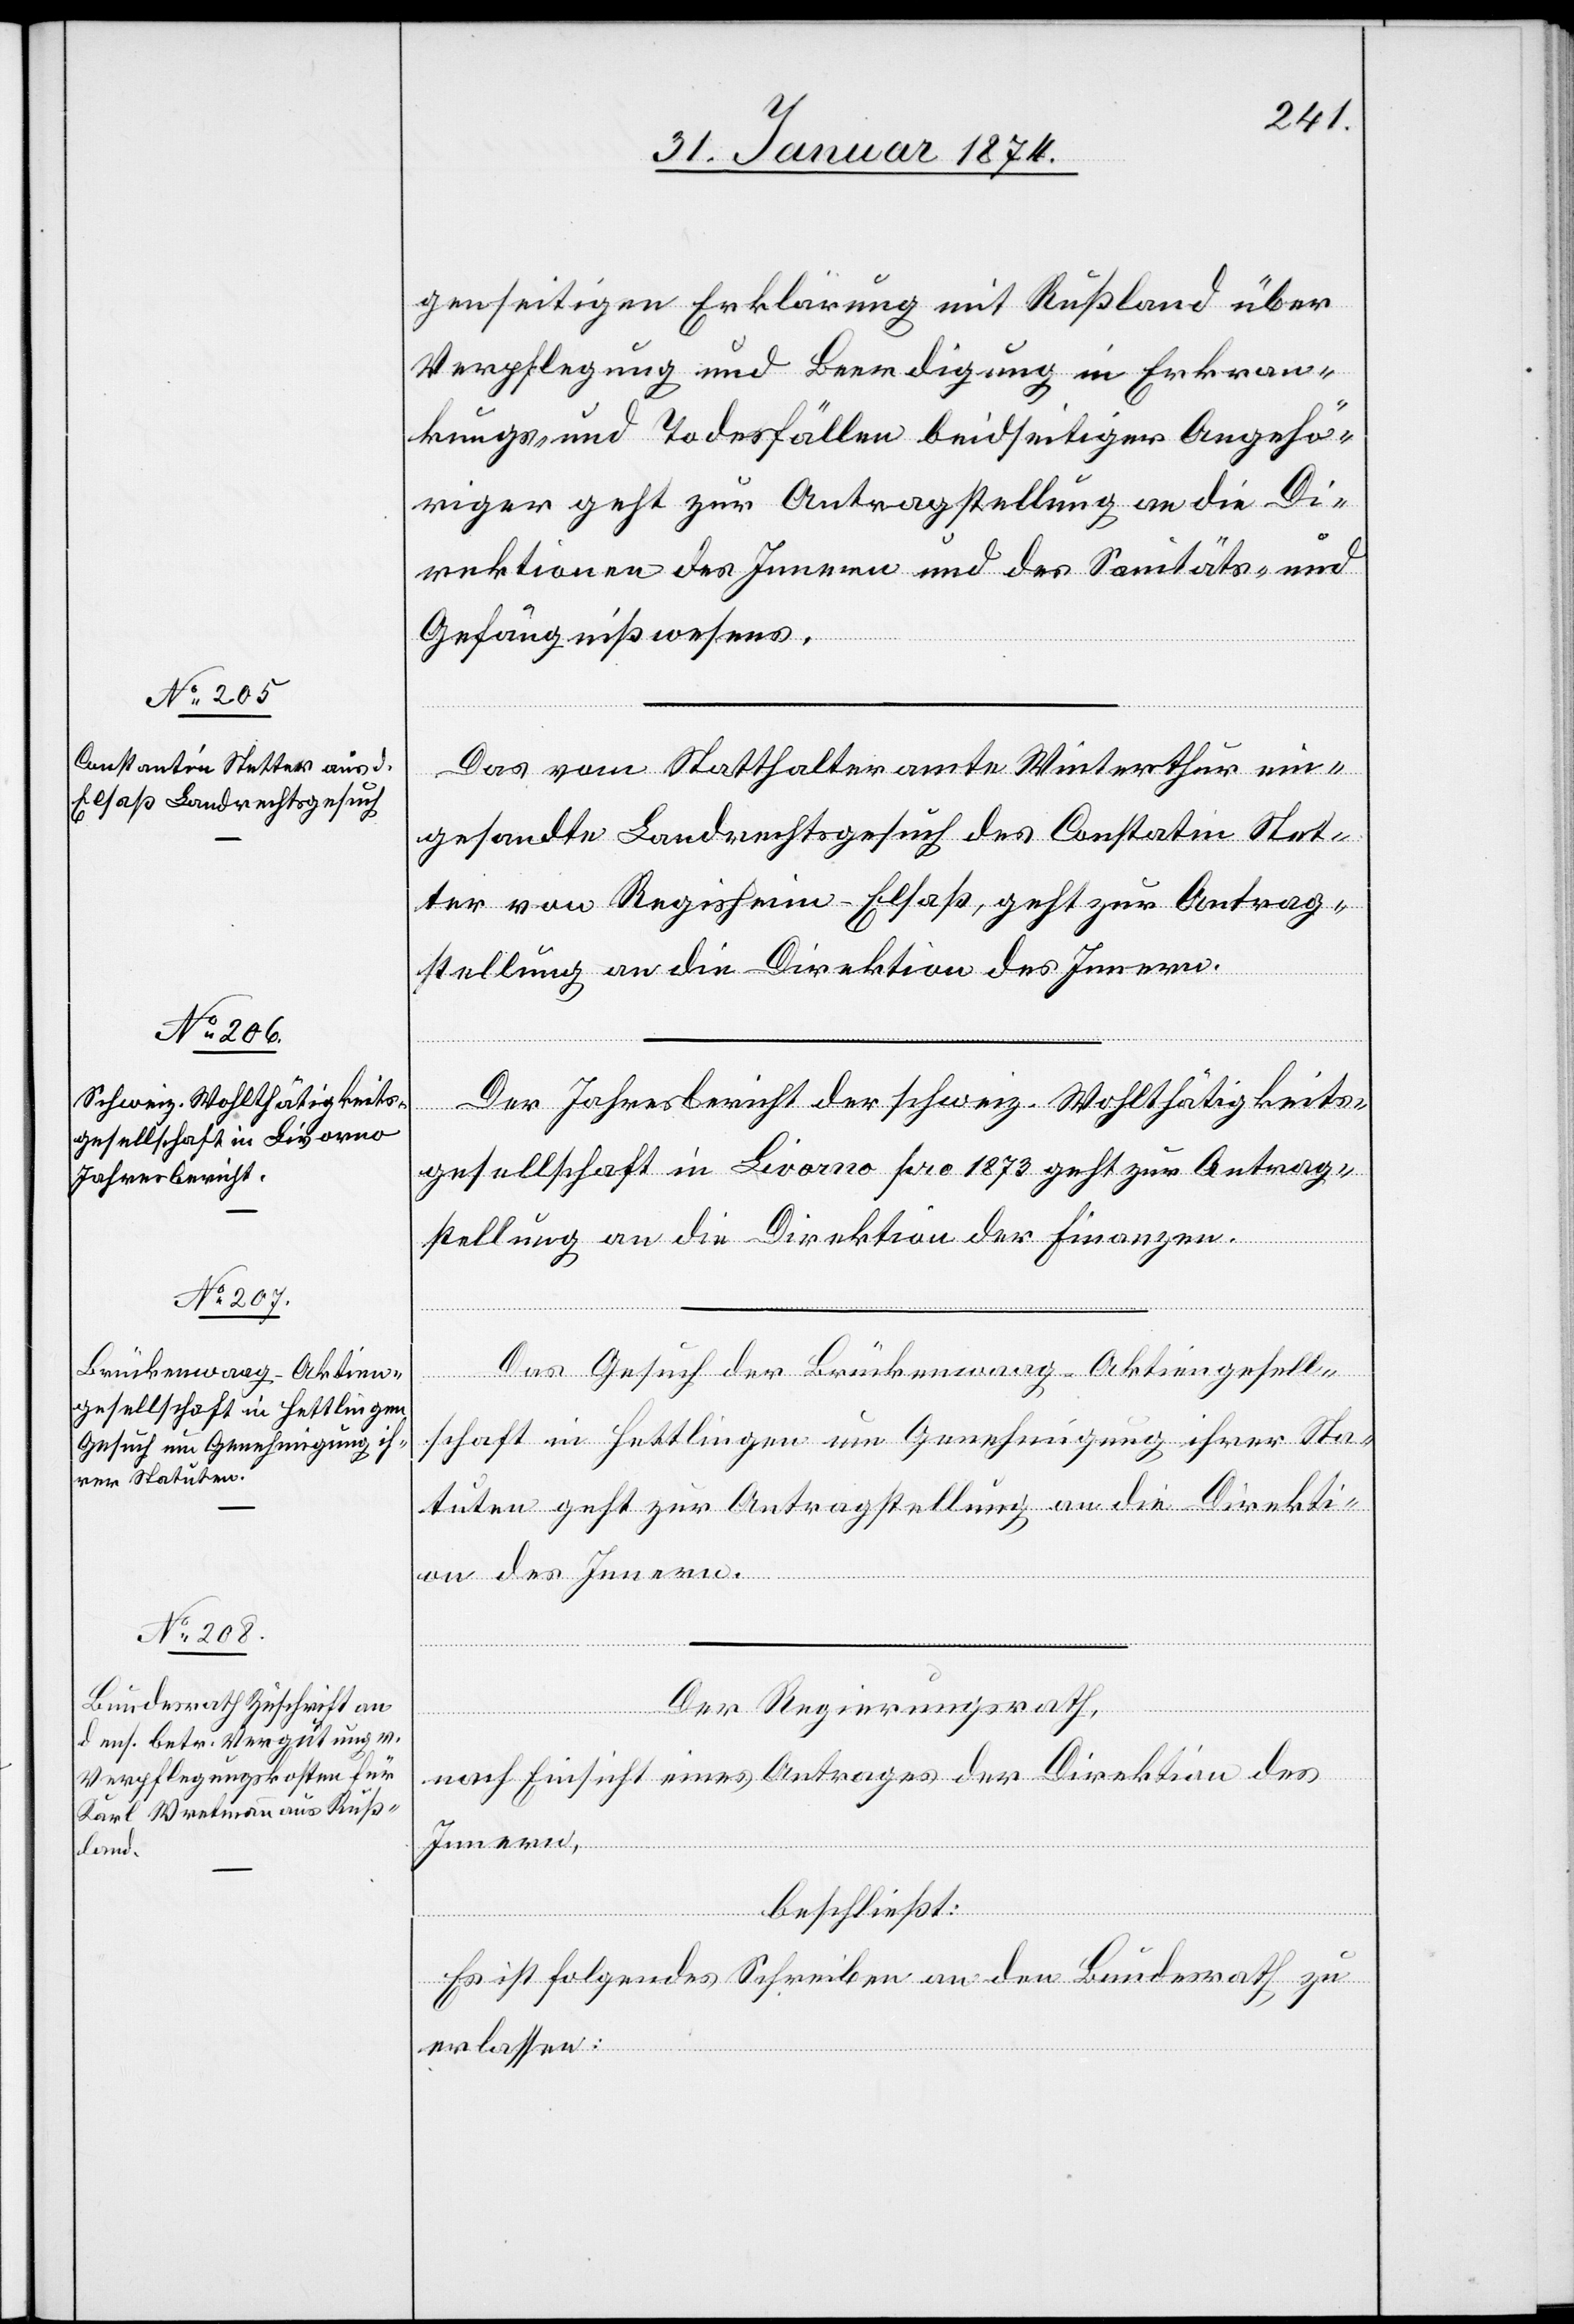
genseitigen Erklärung mit Rußland über
Verpflegung und Beerdigung in Erkran¬
kungs- und Todesfällen beidseitiger Angehö¬
riger geht zur Antragstellung an die Di¬
rektionen des Innern und des Sanitäts- und
Gefängnißwesens.
Das vom Statthalteramte Winterthur ein¬
gesandte Landrechtsgesuch des Constatin Stet¬
ter von Regisheim-Elsaß, geht zur Antrag¬
stellung an die Direktion des Innern.
Der Jahresbericht der schweiz. Wohlthätigkeits¬
gesellschaft in Livorno pro 1873 geht zur Antrag¬
stellung an die Direktion der Finanzen.
Das Gesuch der Brückenwaag-Aktiengesell¬
ge¬
schaft in Hettlingen um Genehmigung ihrer Sta¬
tuten geht zur Antragstellung an die Direkti¬
on des Innern.
Der Regierungsrath,
nach Einsicht eines Antrages der Direktion des
Innern,
beschließt:
Es ist folgendes Schreiben an den Bundesrath zu
erlassen: